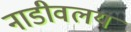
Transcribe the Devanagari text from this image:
नाडीवलय